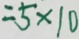
= 5 \times 1 0